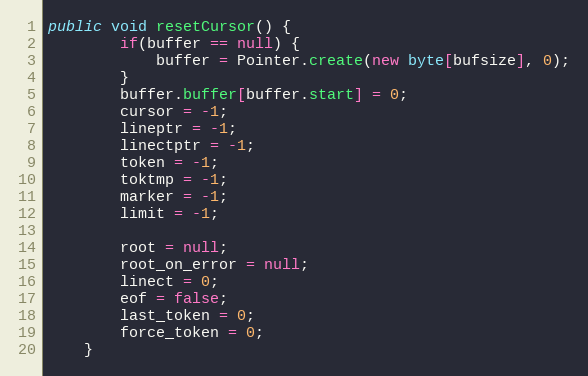
Language: Java
public void resetCursor() {
        if(buffer == null) {
            buffer = Pointer.create(new byte[bufsize], 0);
        }
        buffer.buffer[buffer.start] = 0;
        cursor = -1;
        lineptr = -1;
        linectptr = -1;
        token = -1;
        toktmp = -1;
        marker = -1;
        limit = -1;

        root = null;
        root_on_error = null;
        linect = 0;
        eof = false;
        last_token = 0;
        force_token = 0;
    }